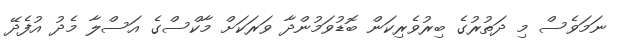
ނަމަވެސް މި ދަތުރުގެ ބިރުވެރިކަން ބޮޑުވަމުންދާ ވަރަކަށް މާކްސްގެ އަސްލާ މެދު އުފެދޭ